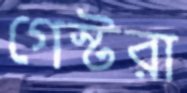
গেস্টরা